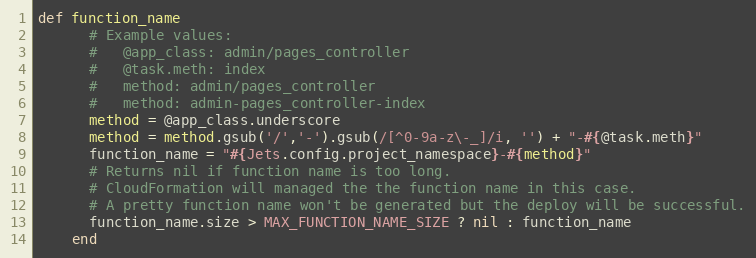
Language: Ruby
def function_name
      # Example values:
      #   @app_class: admin/pages_controller
      #   @task.meth: index
      #   method: admin/pages_controller
      #   method: admin-pages_controller-index
      method = @app_class.underscore
      method = method.gsub('/','-').gsub(/[^0-9a-z\-_]/i, '') + "-#{@task.meth}"
      function_name = "#{Jets.config.project_namespace}-#{method}"
      # Returns nil if function name is too long.
      # CloudFormation will managed the the function name in this case.
      # A pretty function name won't be generated but the deploy will be successful.
      function_name.size > MAX_FUNCTION_NAME_SIZE ? nil : function_name
    end